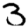
Digit: 3